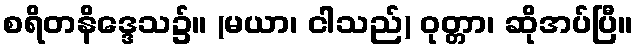
စရိတနိဒ္ဒေသ၌။ (မယာ၊ ငါသည်) ဝုတ္တာ၊ ဆိုအပ်ပြီ။